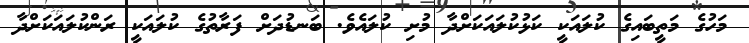
މަހުގެ މަތީބައިގެ ކުލައަކީ ކަޅުކުލައަކަށްދާ މުށި ކުލައެވެ. ބަނޑުދަށް ފަރާތުގެ ކުލައަކީ ރަންކުލައަކަށްދާ